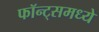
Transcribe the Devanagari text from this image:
फॉन्ट्‌समध्ये